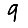
Digit: 9